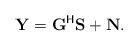
LaTeX: \begin{align*}{\textbf{Y}}_{}={\textbf{G}}^{\mathsf{H}}{\textbf{S}}+{\textbf{N}}.\end{align*}